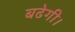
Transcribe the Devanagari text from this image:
बढेगी।